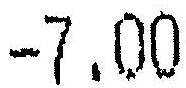
-7.00